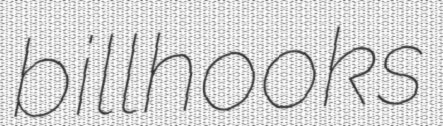
billhooks